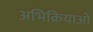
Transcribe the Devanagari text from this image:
अभिक्रियाओ